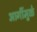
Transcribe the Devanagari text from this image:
आगींमुळे